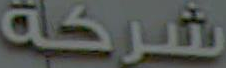
شركة